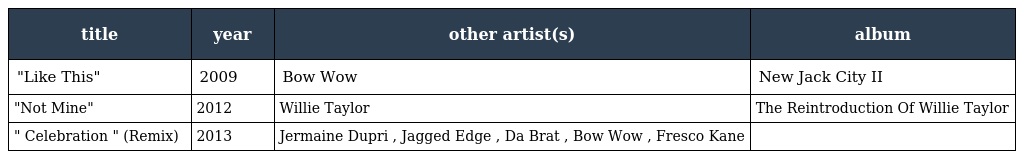
| title | year | other artist(s) | album |
 | --- | --- | --- | --- |
 | "Like This" | 2009 | Bow Wow | New Jack City II |
 | "Not Mine" | 2012 | Willie Taylor | The Reintroduction Of Willie Taylor |
 | " Celebration " (Remix) | 2013 | Jermaine Dupri , Jagged Edge , Da Brat , Bow Wow , Fresco Kane |  |